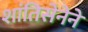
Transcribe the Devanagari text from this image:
शांतिसेनेने